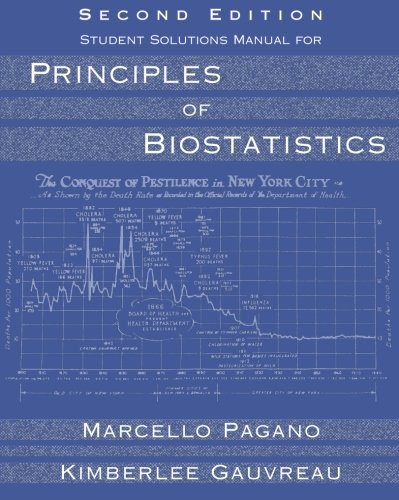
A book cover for Student Solutions Manual for Pagano/Gauvreau's Principles of Biostatistics; Marcello Pagano; Medical Books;